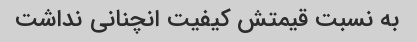
به نسبت قیمتش کیفیت انچنانی نداشت